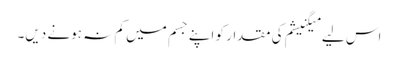
اس لیے میگنیشم کی مقدار کو اپنے جسم میں کم نہ ہونے دیں۔